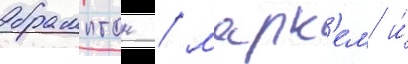
брамптон / марк'ем и́